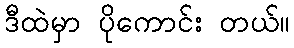
ဒီထဲမှာ ပိုကောင်း တယ်။